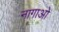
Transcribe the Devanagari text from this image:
नागाओ